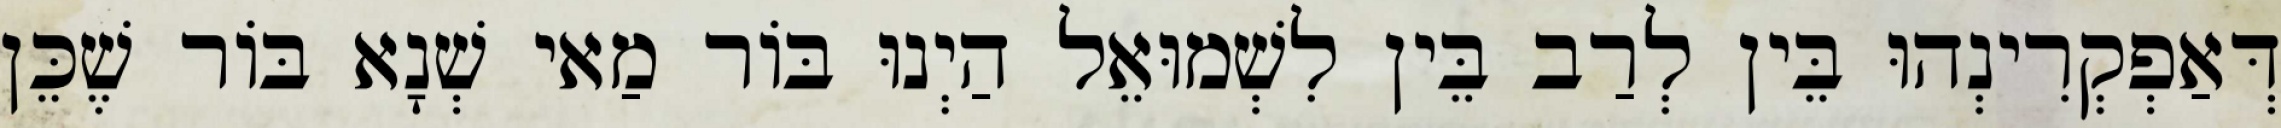
דְּאַפְקְרִינְהוּ בֵּין לְרַב בֵּין לִשְׁמוּאֵל הַיְנוּ בּוֹר מַאי שְׁנָא בּוֹר שֶׁכֵּן